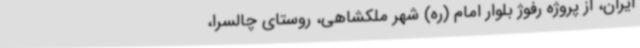
ایران، از پروژه رفوژ بلوار امام (ره) شهر ملکشاهی، روستای چالسرا،